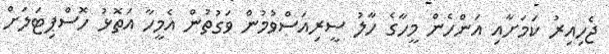
ޖެހިއިރު ކަމަށާއި އަންހެން މީހާގެ ހާލު ސީރިއަސްވުމުން ވަގުތުން އެމީހާ އަތޮޅު ހޮސްޕިޓަލަށް